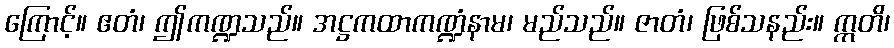
ကြောင့်။ ဧတံ၊ ဤကဏ္ဍသည်။ အဋ္ဌကထာကဏ္ဍံနာမ၊ မည်သည်။ ဇာတံ၊ ဖြစ်သနည်း။ ဣတိ၊